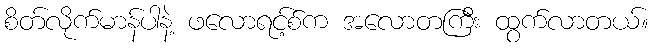
စိတ်လိုက်မာန်ပါနဲ့ ဖလောရင့်စ်က အလောတကြီး ထွက်လာတယ်။